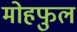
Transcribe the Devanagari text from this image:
मोहफुल